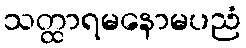
သတ္ထာရမနောမပညံ